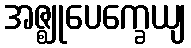
အဇ္ဈုပေက္ခေယျ